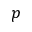
p